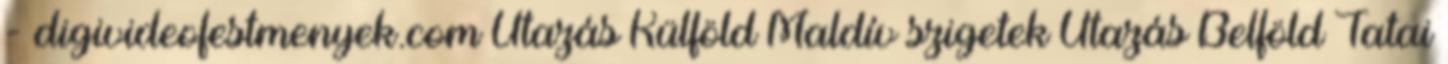
- digivideofestmenyek.com Utazás Külföld Maldív szigetek Utazás Belföld Tatai